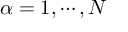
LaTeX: \alpha = 1 , \cdots , N